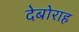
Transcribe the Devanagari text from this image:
देबोराह